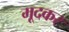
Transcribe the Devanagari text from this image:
मूदकर